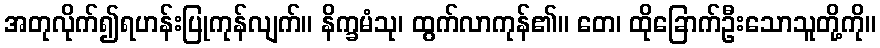
အတုလိုက်၍ရဟန်းပြုကုန်လျက်။ နိက္ခမံသု၊ ထွက်လာကုန်၏။ တေ၊ ထိုခြောက်ဦးသောသူတို့ကို။